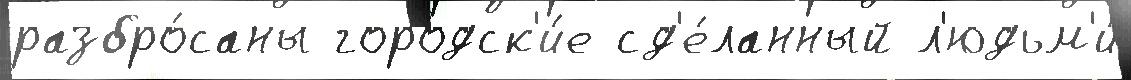
разбро́саны городск'и́е сд'е́ланный л'юдьм'и́